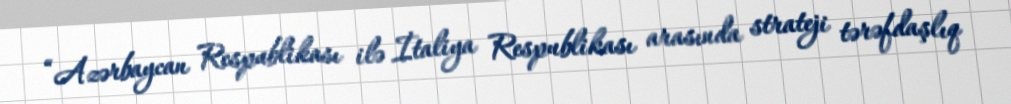
“Azərbaycan Respublikası ilə İtaliya Respublikası arasında strateji tərəfdaşlıq